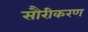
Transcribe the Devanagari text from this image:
सौरीकरण